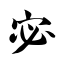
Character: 宓